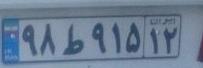
۹۸ط۹۱۵۱۲